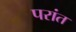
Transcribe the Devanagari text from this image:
परांत